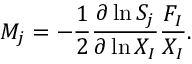
M _ { j } = - \frac { 1 } { 2 } \frac { \partial \ln S _ { j } } { \partial \ln X _ { I } } \frac { F _ { I } } { X _ { I } } .